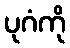
ပုဂံကို